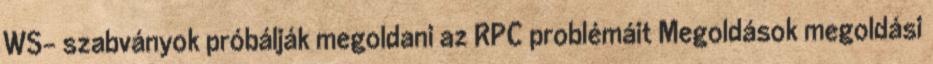
WS- szabványok próbálják megoldani az RPC problémáit Megoldások megoldási